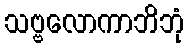
သဗ္ဗလောကာဘိဘုံ